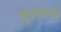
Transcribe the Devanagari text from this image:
सुधारेगा